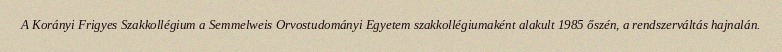
A Korányi Frigyes Szakkollégium a Semmelweis Orvostudományi Egyetem szakkollégiumaként alakult 1985 őszén, a rendszerváltás hajnalán.